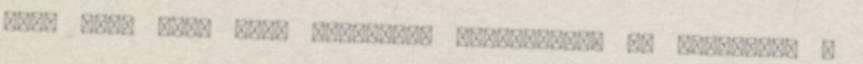
több száz Pick Pack Pontjában személyesen is átveheti. A